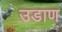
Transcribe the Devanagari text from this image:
उडाण